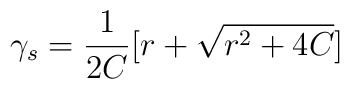
\gamma_s = \frac{1}{2C}[ r + \sqrt{r^2+ 4C}]